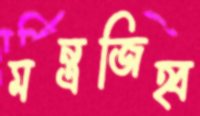
মন্ত্রজিহ্ব